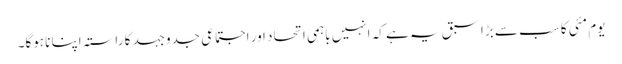
یوم مئی کا سب سے بڑا سبق یہ ہے کہ انہیں باہمی اتحاد اور اجتماعی جدوجہد کا راستہ اپنانا ہوگا۔